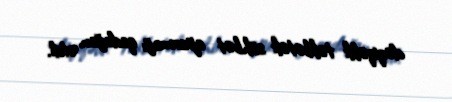
dəqiqəlik təkbətək söhbət aparmağı qadağan etdi.